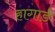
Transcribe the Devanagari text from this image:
हागार्ड